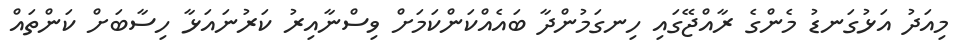
މިއަދު އަޅުގަނޑު މެންގެ ރާއްޖޭގައި ހިނގަމުންދާ ބައެއްކަންކަމަށް ވިސްނާއިރު ކަރުނައަޅާ ހިސާބަށް ކަންތައް